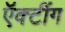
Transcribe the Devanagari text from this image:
ऍक्टींग